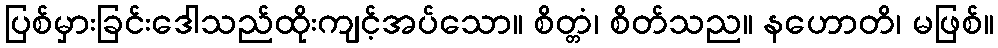
ပြစ်မှားခြင်းဒေါသည်ထိုးကျင့်အပ်သော။ စိတ္တံ၊ စိတ်သည။ နဟောတိ၊ မဖြစ်။